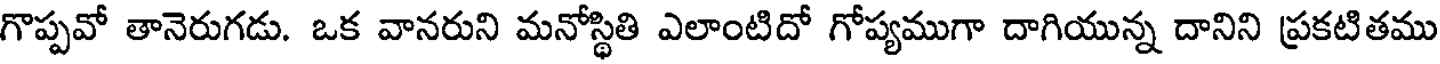
గొప్పవో తానెరుగడు. ఒక వానరుని మనోస్థితి ఎలాంటిదో గోప్యముగా దాగియున్న దానిని ప్రకటితము